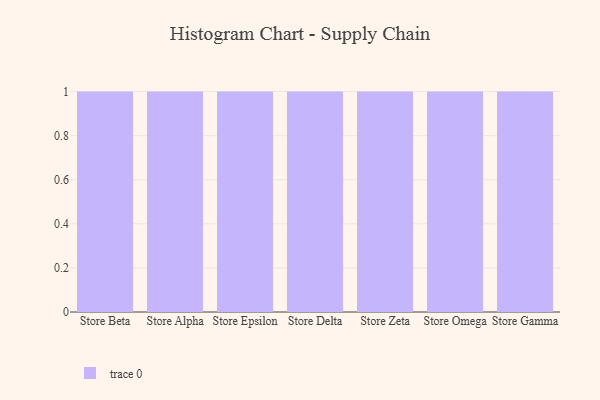
{"axis": {"x": "Store", "y": "Production Output"}, "legend": [""], "data": [{"x": "Store Beta", "y": 82, "type": ""}, {"x": "Store Alpha", "y": 97, "type": ""}, {"x": "Store Epsilon", "y": 32, "type": ""}, {"x": "Store Delta", "y": 98, "type": ""}, {"x": "Store Zeta", "y": 16, "type": ""}, {"x": "Store Omega", "y": 46, "type": ""}, {"x": "Store Gamma", "y": 56, "type": ""}]}